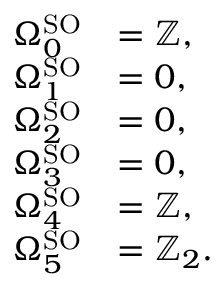
{ \begin{array} { r l } { \Omega _ { 0 } ^ { \mathrm { S O } } } & { = \mathbb { Z } , } \\ { \Omega _ { 1 } ^ { \mathrm { S O } } } & { = 0 , } \\ { \Omega _ { 2 } ^ { \mathrm { S O } } } & { = 0 , } \\ { \Omega _ { 3 } ^ { \mathrm { S O } } } & { = 0 , } \\ { \Omega _ { 4 } ^ { \mathrm { S O } } } & { = \mathbb { Z } , } \\ { \Omega _ { 5 } ^ { \mathrm { S O } } } & { = \mathbb { Z } _ { 2 } . } \end{array} }